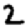
Digit: 2